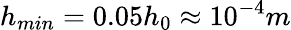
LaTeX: h_{min}=0.05h_{0}\approx 10^{-4}m